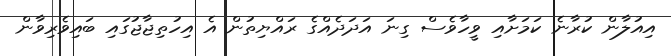
އިއުލާން ކުރާނެ ކަމަށާއި ވީހާވެސް ގިނަ އަދަދެއްގެ ރައްޔިތުން އެ އިހުތިޖާޖުގައި ބައިވެރިވާން